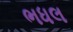
ભધલ